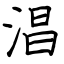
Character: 淐